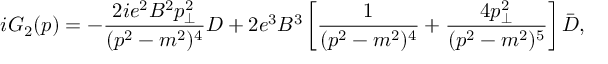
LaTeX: i { \cal G } _ { 2 } ( p ) = - { \frac { 2 i e ^ { 2 } B ^ { 2 } p _ { \bot } ^ { 2 } } { ( p ^ { 2 } - m ^ { 2 } ) ^ { 4 } } } D + 2 e ^ { 3 } B ^ { 3 } \left[ { \frac { 1 } { ( p ^ { 2 } - m ^ { 2 } ) ^ { 4 } } } + { \frac { 4 p _ { \bot } ^ { 2 } } { ( p ^ { 2 } - m ^ { 2 } ) ^ { 5 } } } \right] \bar { D } ,